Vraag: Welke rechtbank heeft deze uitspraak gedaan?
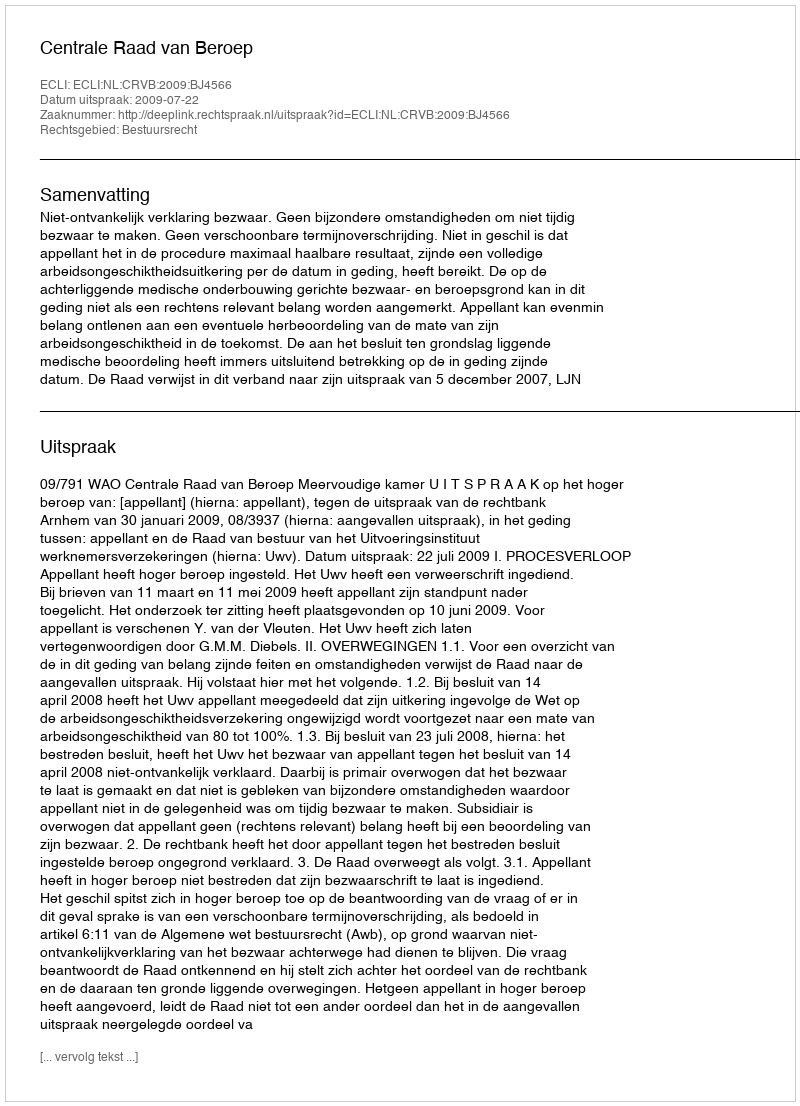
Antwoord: Centrale Raad van Beroep